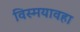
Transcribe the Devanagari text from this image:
विस्मयावहा